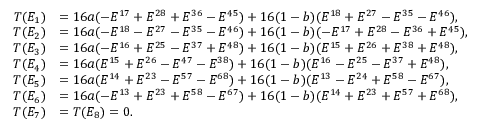
\begin{array} { r l } { T ( E _ { 1 } ) } & { = 1 6 a ( - E ^ { 1 7 } + E ^ { 2 8 } + E ^ { 3 6 } - E ^ { 4 5 } ) + 1 6 ( 1 - b ) ( E ^ { 1 8 } + E ^ { 2 7 } - E ^ { 3 5 } - E ^ { 4 6 } ) , } \\ { T ( E _ { 2 } ) } & { = 1 6 a ( - E ^ { 1 8 } - E ^ { 2 7 } - E ^ { 3 5 } - E ^ { 4 6 } ) + 1 6 ( 1 - b ) ( - E ^ { 1 7 } + E ^ { 2 8 } - E ^ { 3 6 } + E ^ { 4 5 } ) , } \\ { T ( E _ { 3 } ) } & { = 1 6 a ( - E ^ { 1 6 } + E ^ { 2 5 } - E ^ { 3 7 } + E ^ { 4 8 } ) + 1 6 ( 1 - b ) ( E ^ { 1 5 } + E ^ { 2 6 } + E ^ { 3 8 } + E ^ { 4 8 } ) , } \\ { T ( E _ { 4 } ) } & { = 1 6 a ( E ^ { 1 5 } + E ^ { 2 6 } - E ^ { 4 7 } - E ^ { 3 8 } ) + 1 6 ( 1 - b ) ( E ^ { 1 6 } - E ^ { 2 5 } - E ^ { 3 7 } + E ^ { 4 8 } ) , } \\ { T ( E _ { 5 } ) } & { = 1 6 a ( E ^ { 1 4 } + E ^ { 2 3 } - E ^ { 5 7 } - E ^ { 6 8 } ) + 1 6 ( 1 - b ) ( E ^ { 1 3 } - E ^ { 2 4 } + E ^ { 5 8 } - E ^ { 6 7 } ) , } \\ { T ( E _ { 6 } ) } & { = 1 6 a ( - E ^ { 1 3 } + E ^ { 2 3 } + E ^ { 5 8 } - E ^ { 6 7 } ) + 1 6 ( 1 - b ) ( E ^ { 1 4 } + E ^ { 2 3 } + E ^ { 5 7 } + E ^ { 6 8 } ) , } \\ { T ( E _ { 7 } ) } & { = T ( E _ { 8 } ) = 0 . } \end{array}